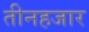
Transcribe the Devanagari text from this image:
तीनहजार